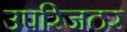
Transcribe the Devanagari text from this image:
उपरिजठर